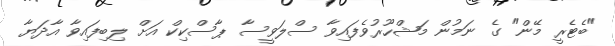
"ބެޓެރީ މޭން" ގެ ނަމުން މަޝްހޫރުވެފައިވާ ސްލަވީސާ ޕާސްކިކް އަށް ލިބިފައިވާ އާދަޔާ